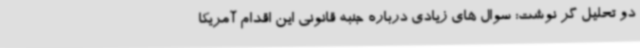
دو تحلیل گر نوشت: سوال های زیادی درباره جنبه قانونی این اقدام آمریکا